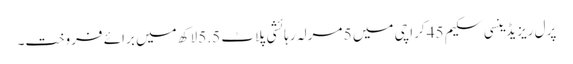
پرل ریزیڈینسی سکیم 45 کراچی میں 5 مرلہ رہائشی پلاٹ 5.5 لاکھ میں برائے فروخت۔